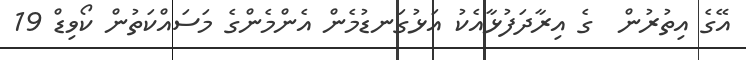
އޭގެ އިތުރުން  ގެ އިރާދަފުޅާއެކު އަޅުގަނޑުމެން އެންމެންގެ މަސައްކަތުން ކޯވިޑް 19